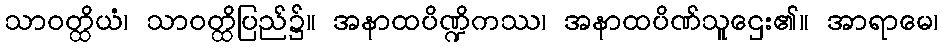
သာဝတ္ထိယံ၊ သာဝတ္ထိပြည်၌။ အနာထပိဏ္ဍိကဿ၊ အနာထပိဏ်သူဌေး၏။ အာရာမေ၊